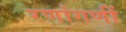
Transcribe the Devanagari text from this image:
रणांगणीं